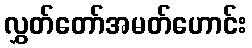
လွှတ်တော်အမတ်ဟောင်း